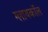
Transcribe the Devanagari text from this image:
ग्लायकॉल